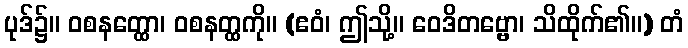
ပုဒ်၌။ ဝစနတ္ထော၊ ဝစနတ္ထကို။ (ဧဝံ၊ ဤသို့။ ဝေဒိတဗ္ဗော၊ သိထိုက်၏။) တံ